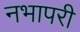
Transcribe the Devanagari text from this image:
नभापरी